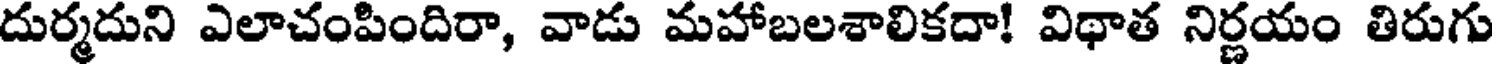
దుర్మదుని ఎలాచంపిందిరా, వాడు మహాబలశాలికదా! విథాత నిర్ణయం తిరుగు